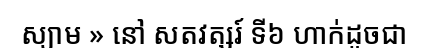
ស្យាម » នៅ សតវត្សរ៍ ទី៦ ហាក់ដូចជា